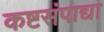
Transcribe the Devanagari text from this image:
कष्टसंपाद्या